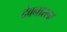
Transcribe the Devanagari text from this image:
देवनारला